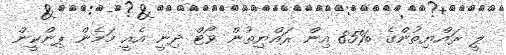
ލީ ރައްޔިތުންގެ %85 އިން ރައްޔިތުން ވޯޓް ދިނީ އެއީ މަމެން ޕިންކީން